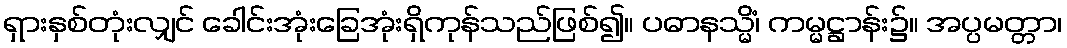
ရှားနှစ်တုံးလျှင် ခေါင်းအုံးခြေအုံးရှိကုန်သည်ဖြစ်၍။ ပဓာနသ္မိံ၊ ကမ္မဋ္ဌာန်း၌။ အပ္ပမတ္တာ၊